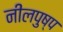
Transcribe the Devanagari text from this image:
नीलपुष्प